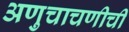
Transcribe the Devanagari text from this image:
अणुचाचणीची